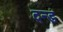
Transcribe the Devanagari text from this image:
दन्ड